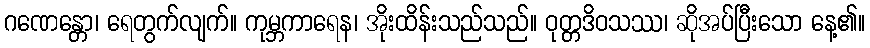
ဂဏေန္တော၊ ရေတွက်လျက်။ ကုမ္ဘကာရေန၊ အိုးထိန်းသည်သည်။ ဝုတ္တဒိဝသဿ၊ ဆိုအပ်ပြီးသော နေ့၏။